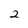
Character: 2